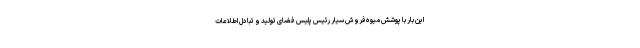
این بار با پوشش میوه‌فروش سیار رئیس پلیس فضای تولید و تبادل اطلاعات